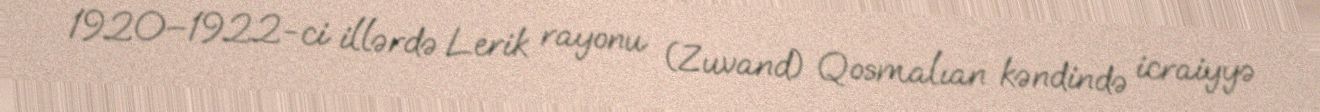
1920–1922-ci illərdə Lerik rayonu (Zuvand) Qosmalıan kəndində icraiyyə